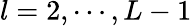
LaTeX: l=2,\cdots,L-1